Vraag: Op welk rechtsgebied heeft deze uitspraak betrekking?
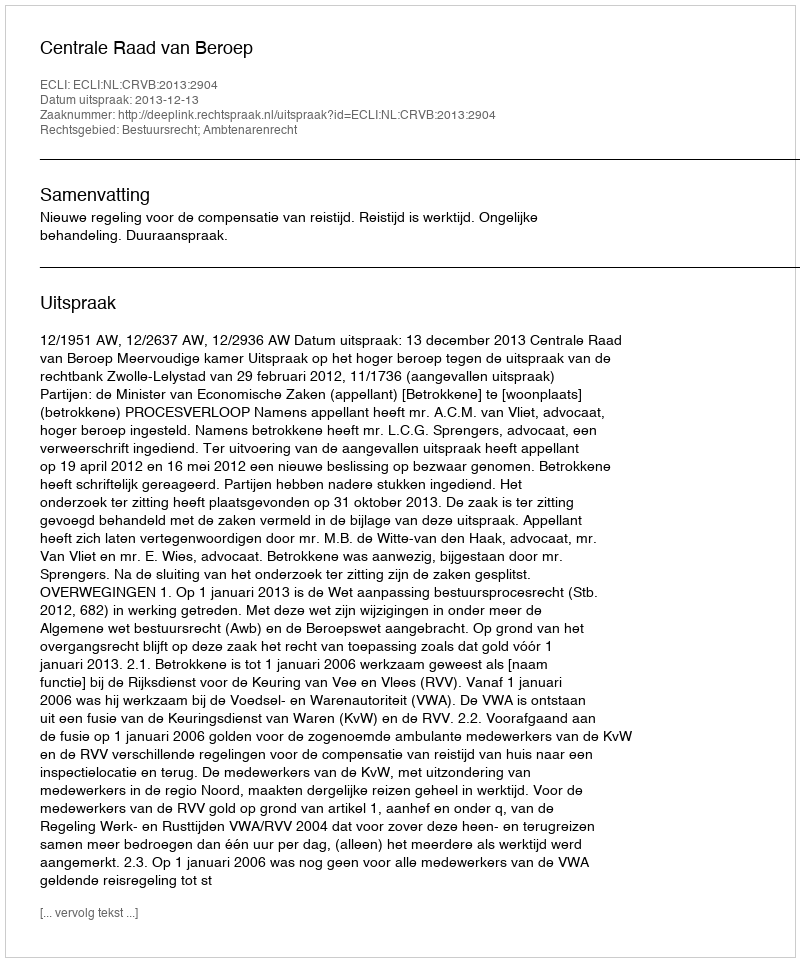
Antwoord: Bestuursrecht; Ambtenarenrecht